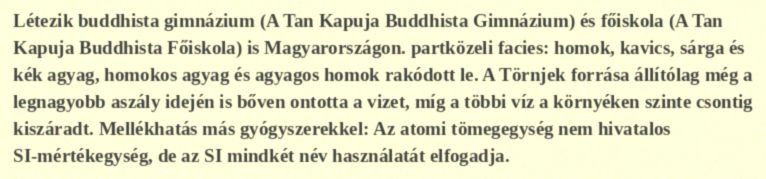
Létezik buddhista gimnázium (A Tan Kapuja Buddhista Gimnázium) és főiskola (A Tan Kapuja Buddhista Főiskola) is Magyarországon. partközeli facies: homok, kavics, sárga és kék agyag, homokos agyag  és agyagos homok rakódott le. A Törnjek forrása állítólag még a legnagyobb aszály idején is bőven ontotta a vizet, míg a többi víz a környéken szinte csontig kiszáradt. Mellékhatás más gyógyszerekkel: Az atomi tömegegység nem hivatalos SI-mértékegység, de az SI mindkét név használatát elfogadja.